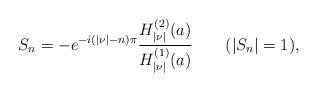
LaTeX: \begin{align*}S_{n}=-e^{-i(|\nu|-n)\pi}{H_{|\nu|}^{(2)}(a)\over H_{|\nu|}^{(1)}(a)}\qquad(|S_{n}|=1),\end{align*}